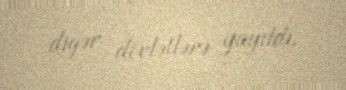
digər dövlətlərə yayıldı.